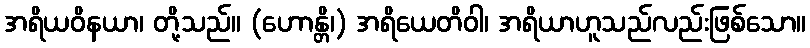
အရိယဝိနယာ၊ တို့သည်။ (ဟောန္တိ၊) အရိယေတိဝါ၊ အရိယာဟူသည်လည်းဖြစ်သော။